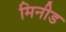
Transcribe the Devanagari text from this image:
मिनीड